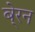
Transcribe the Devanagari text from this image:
बे्रन